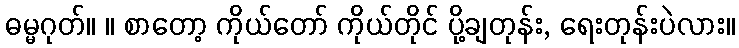
ဓမ္မဂုတ်။ ။ စာတော့ ကိုယ်တော် ကိုယ်တိုင် ပို့ချတုန်း, ရေးတုန်းပဲလား။